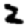
Digit: 2